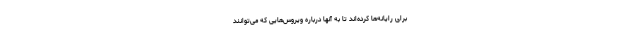
برای رایانه‌ها کرده‌اند تا به آنها درباره ویروس‌هایی که می‌توانند